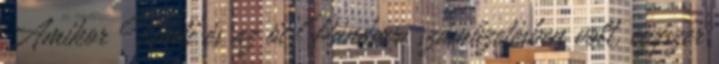
Amikor Kuntí és az öt Pándava száműzetésben volt, egyszer